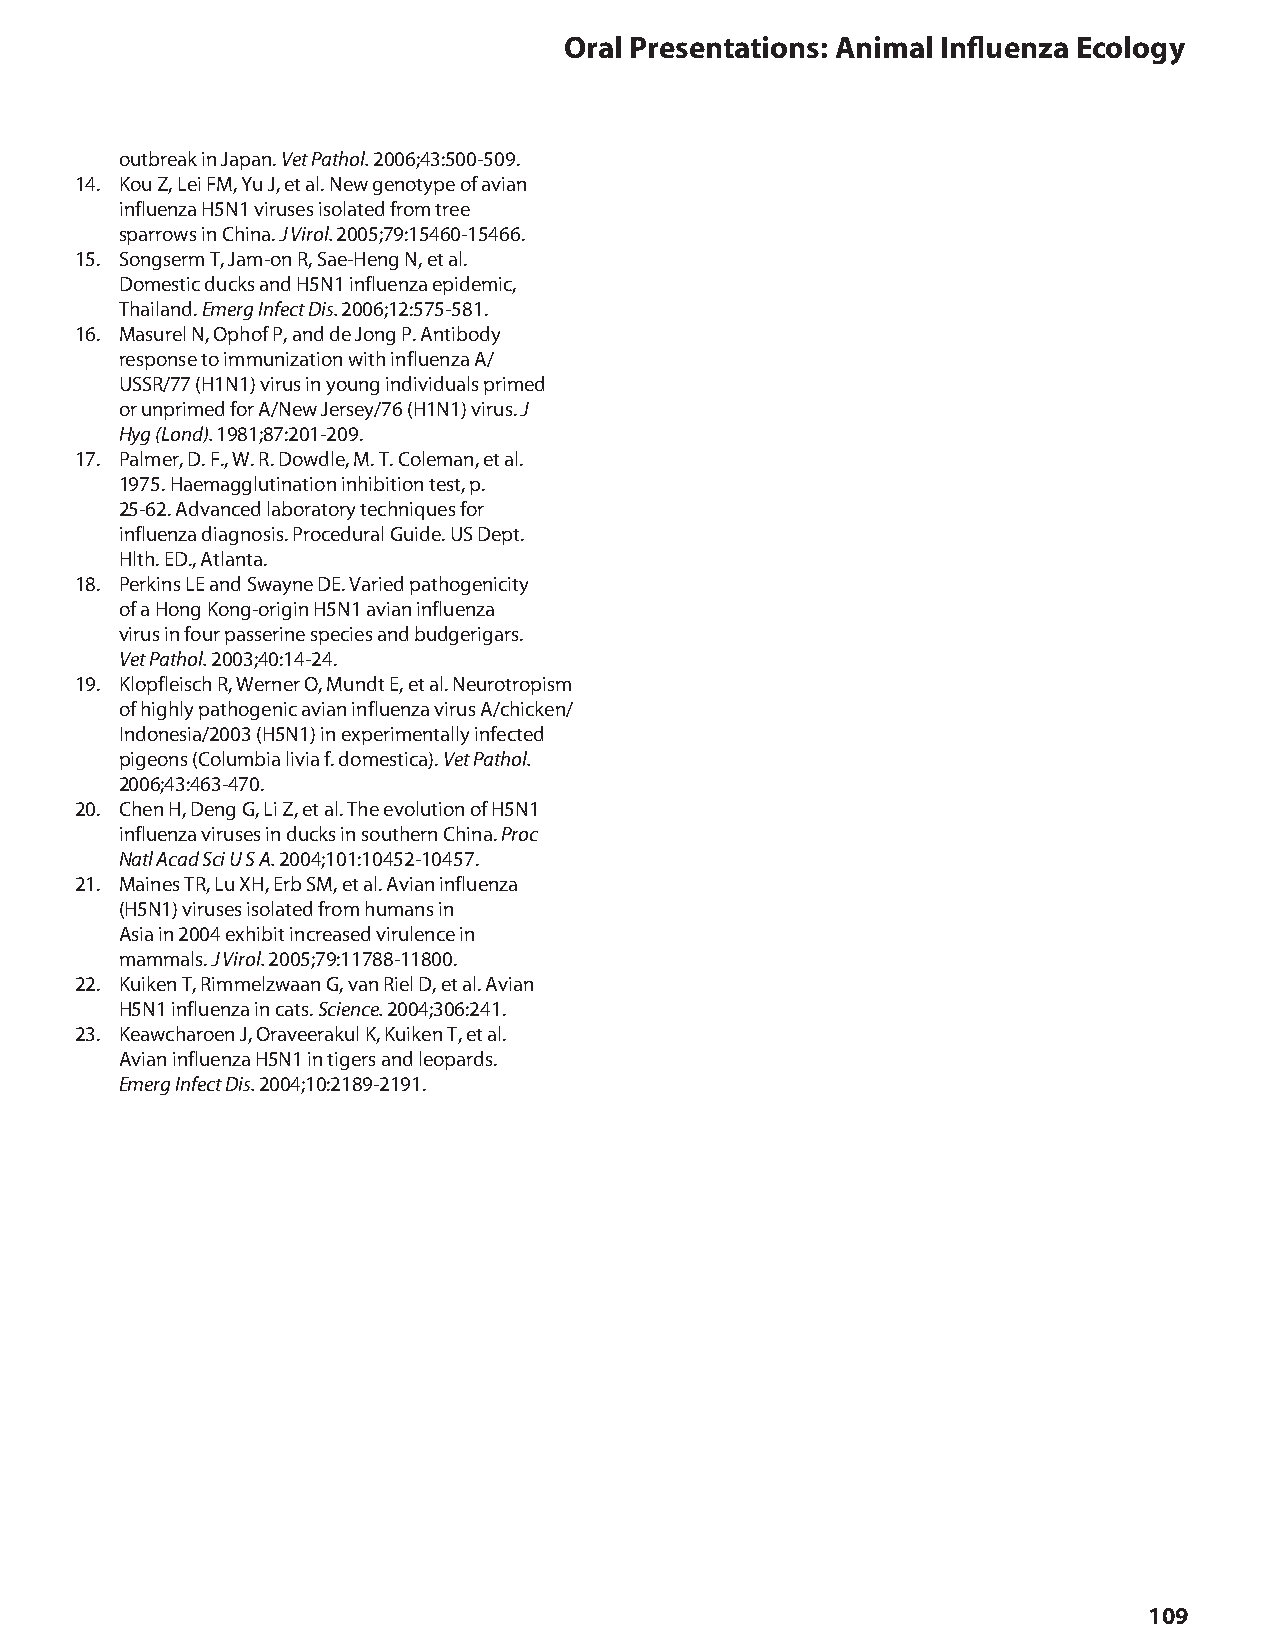
oral Presentations: Animal Influenza ecology
 outbreak in Japan. Vet Pathol. 2006;43:500-509.
 14. Kou Z, Lei FM, Yu J, et al. New genotype of avian
 influenza H5N1 viruses isolated from tree
 sparrows in China. J Virol. 2005;79:15460-15466.
 15. Songserm T, Jam-on R, Sae-Heng N, et al.
 Domestic ducks and H5N1 influenza epidemic,
 Thailand. Emerg Infect Dis. 2006;12:575-581.
 16. Masurel N, Ophof P, and de Jong P. Antibody
 response to immunization with influenza A/
 USSR/77 (H1N1) virus in young individuals primed
 or unprimed for A/New Jersey/76 (H1N1) virus. J
 Hyg (Lond). 1981;87:201-209.
 17. Palmer, D. F., W. R. Dowdle, M. T. Coleman, et al.
 1975. Haemagglutination inhibition test, p.
 25-62. Advanced laboratory techniques for
 influenza diagnosis. Procedural Guide. US Dept.
 Hlth. ED., Atlanta.
 18. Perkins LE and Swayne DE. Varied pathogenicity
 of a Hong Kong-origin H5N1 avian influenza
 virus in four passerine species and budgerigars.
 Vet Pathol. 2003;40:14-24.
 19. Klopfleisch R, Werner O, Mundt E, et al. Neurotropism
 of highly pathogenic avian influenza virus A/chicken/
 Indonesia/2003 (H5N1) in experimentally infected
 pigeons (Columbia livia f. domestica). Vet Pathol.
 2006;43:463-470.
 20. Chen H, Deng G, Li Z, et al. The evolution of H5N1
 influenza viruses in ducks in southern China. Proc
 Natl Acad Sci U S A. 2004;101:10452-10457.
 21. Maines TR, Lu XH, Erb SM, et al. Avian influenza
 (H5N1) viruses isolated from humans in
 Asia in 2004 exhibit increased virulence in
 mammals. J Virol. 2005;79:11788-11800.
 22. Kuiken T, Rimmelzwaan G, van Riel D, et al. Avian
 H5N1 influenza in cats. Science. 2004;306:241.
 23. Keawcharoen J, Oraveerakul K, Kuiken T, et al.
 Avian influenza H5N1 in tigers and leopards.
 Emerg Infect Dis. 2004;10:2189-2191.
 109